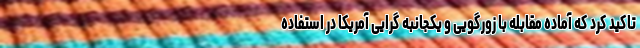
تاکید کرد که آماده مقابله با زورگویی و یکجانبه گرایی آمریکا در استفاده